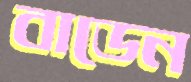
বাডেন